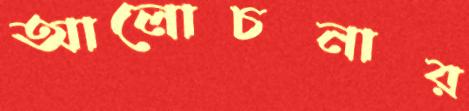
আলোচনার